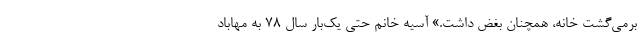
برمی‌گشت خانه، همچنان بغض داشت.» آسیه خانم حتی یک‌بار سال ۷۸ به مهاباد